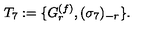
T _ { 7 } : = \{ G _ { r } \sp { ( f ) } , ( \sigma _ { 7 } ) \sb { - r } \} .